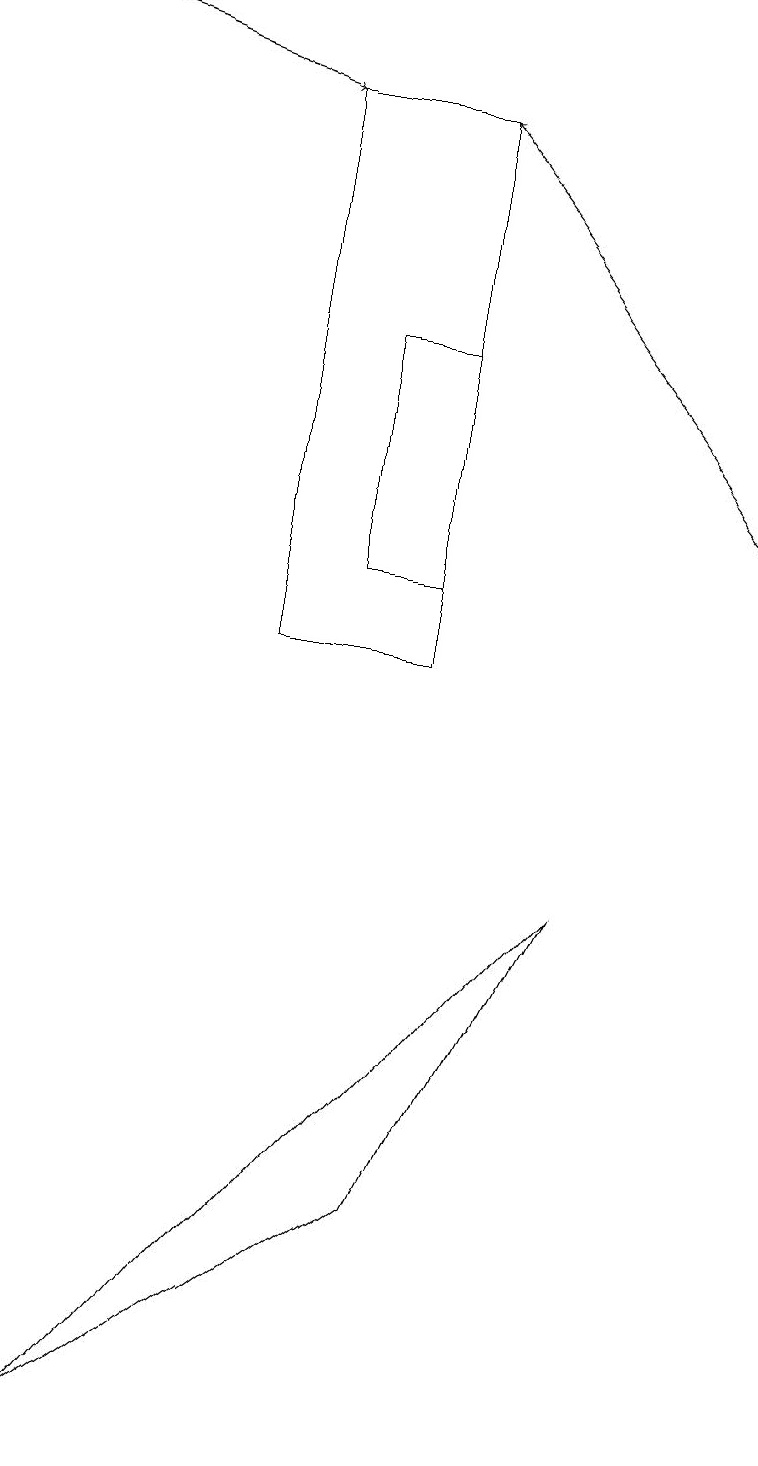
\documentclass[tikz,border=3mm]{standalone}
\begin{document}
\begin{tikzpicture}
\draw[->] (9,13) -- (5,18);
\draw[->] (0,19) -- (3,18);
\draw (7,8) -- (5,4) -- (1,1) -- cycle;
\draw (5,15) rectangle (4,12);
\draw (3,11) rectangle (5,18);
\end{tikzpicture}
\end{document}